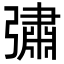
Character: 彇